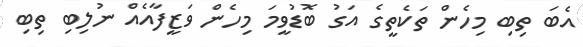
އެބަ ތިބި މިހެން ތަކެތީގެ އަގު ބޮޑުވީމަ މިހެން ވަޒީފާއެއް ނުލިބި ތިބި